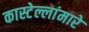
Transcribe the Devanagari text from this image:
कास्टेल्लांमारे